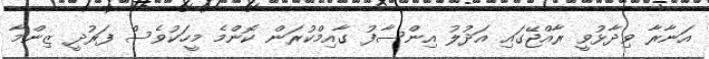
އަނާރާ ވިދާޅުވީ ރާއްޖޭގައި އަދުލު އިންސާފު ގާއިމްކުރަން ކޮންމެ މީހަކުވެސް ފަރުދީ ޒިންމާ